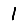
Digit: 1